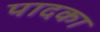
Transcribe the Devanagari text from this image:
पादका